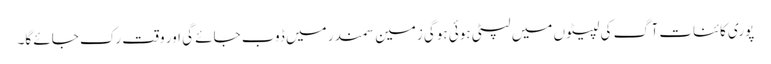
پوری کائنات آگ کی لپیٹوں میں لپٹی ہوئی ہوگی زمین سمندر میں ڈوب جائے گی اور وقت رک جائے گا۔